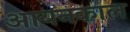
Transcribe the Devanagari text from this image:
आयनकाल